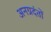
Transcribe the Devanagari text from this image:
अनग्रदंतों